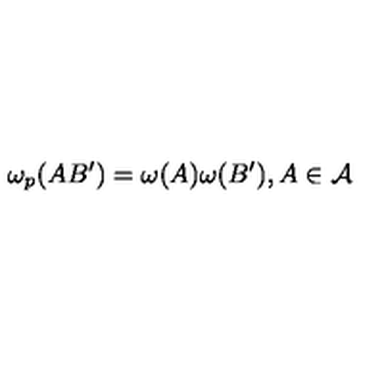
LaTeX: \omega _ { p } ( A B ^ { \prime } ) = \omega ( A ) \omega ( B ^ { \prime } ) , A \in \mathcal { A }